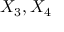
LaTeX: X _ { 3 } , X _ { 4 }